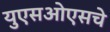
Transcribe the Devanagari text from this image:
युएसओएसचे